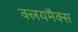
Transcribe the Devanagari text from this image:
क्लयमैक्स